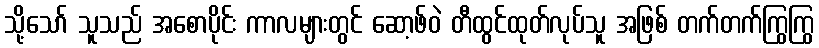
သို့သော် သူသည် အစောပိုင်း ကာလများတွင် ဆော့ဖ်ဝဲ တီထွင်ထုတ်လုပ်သူ အဖြစ် တက်တက်ကြွကြွ